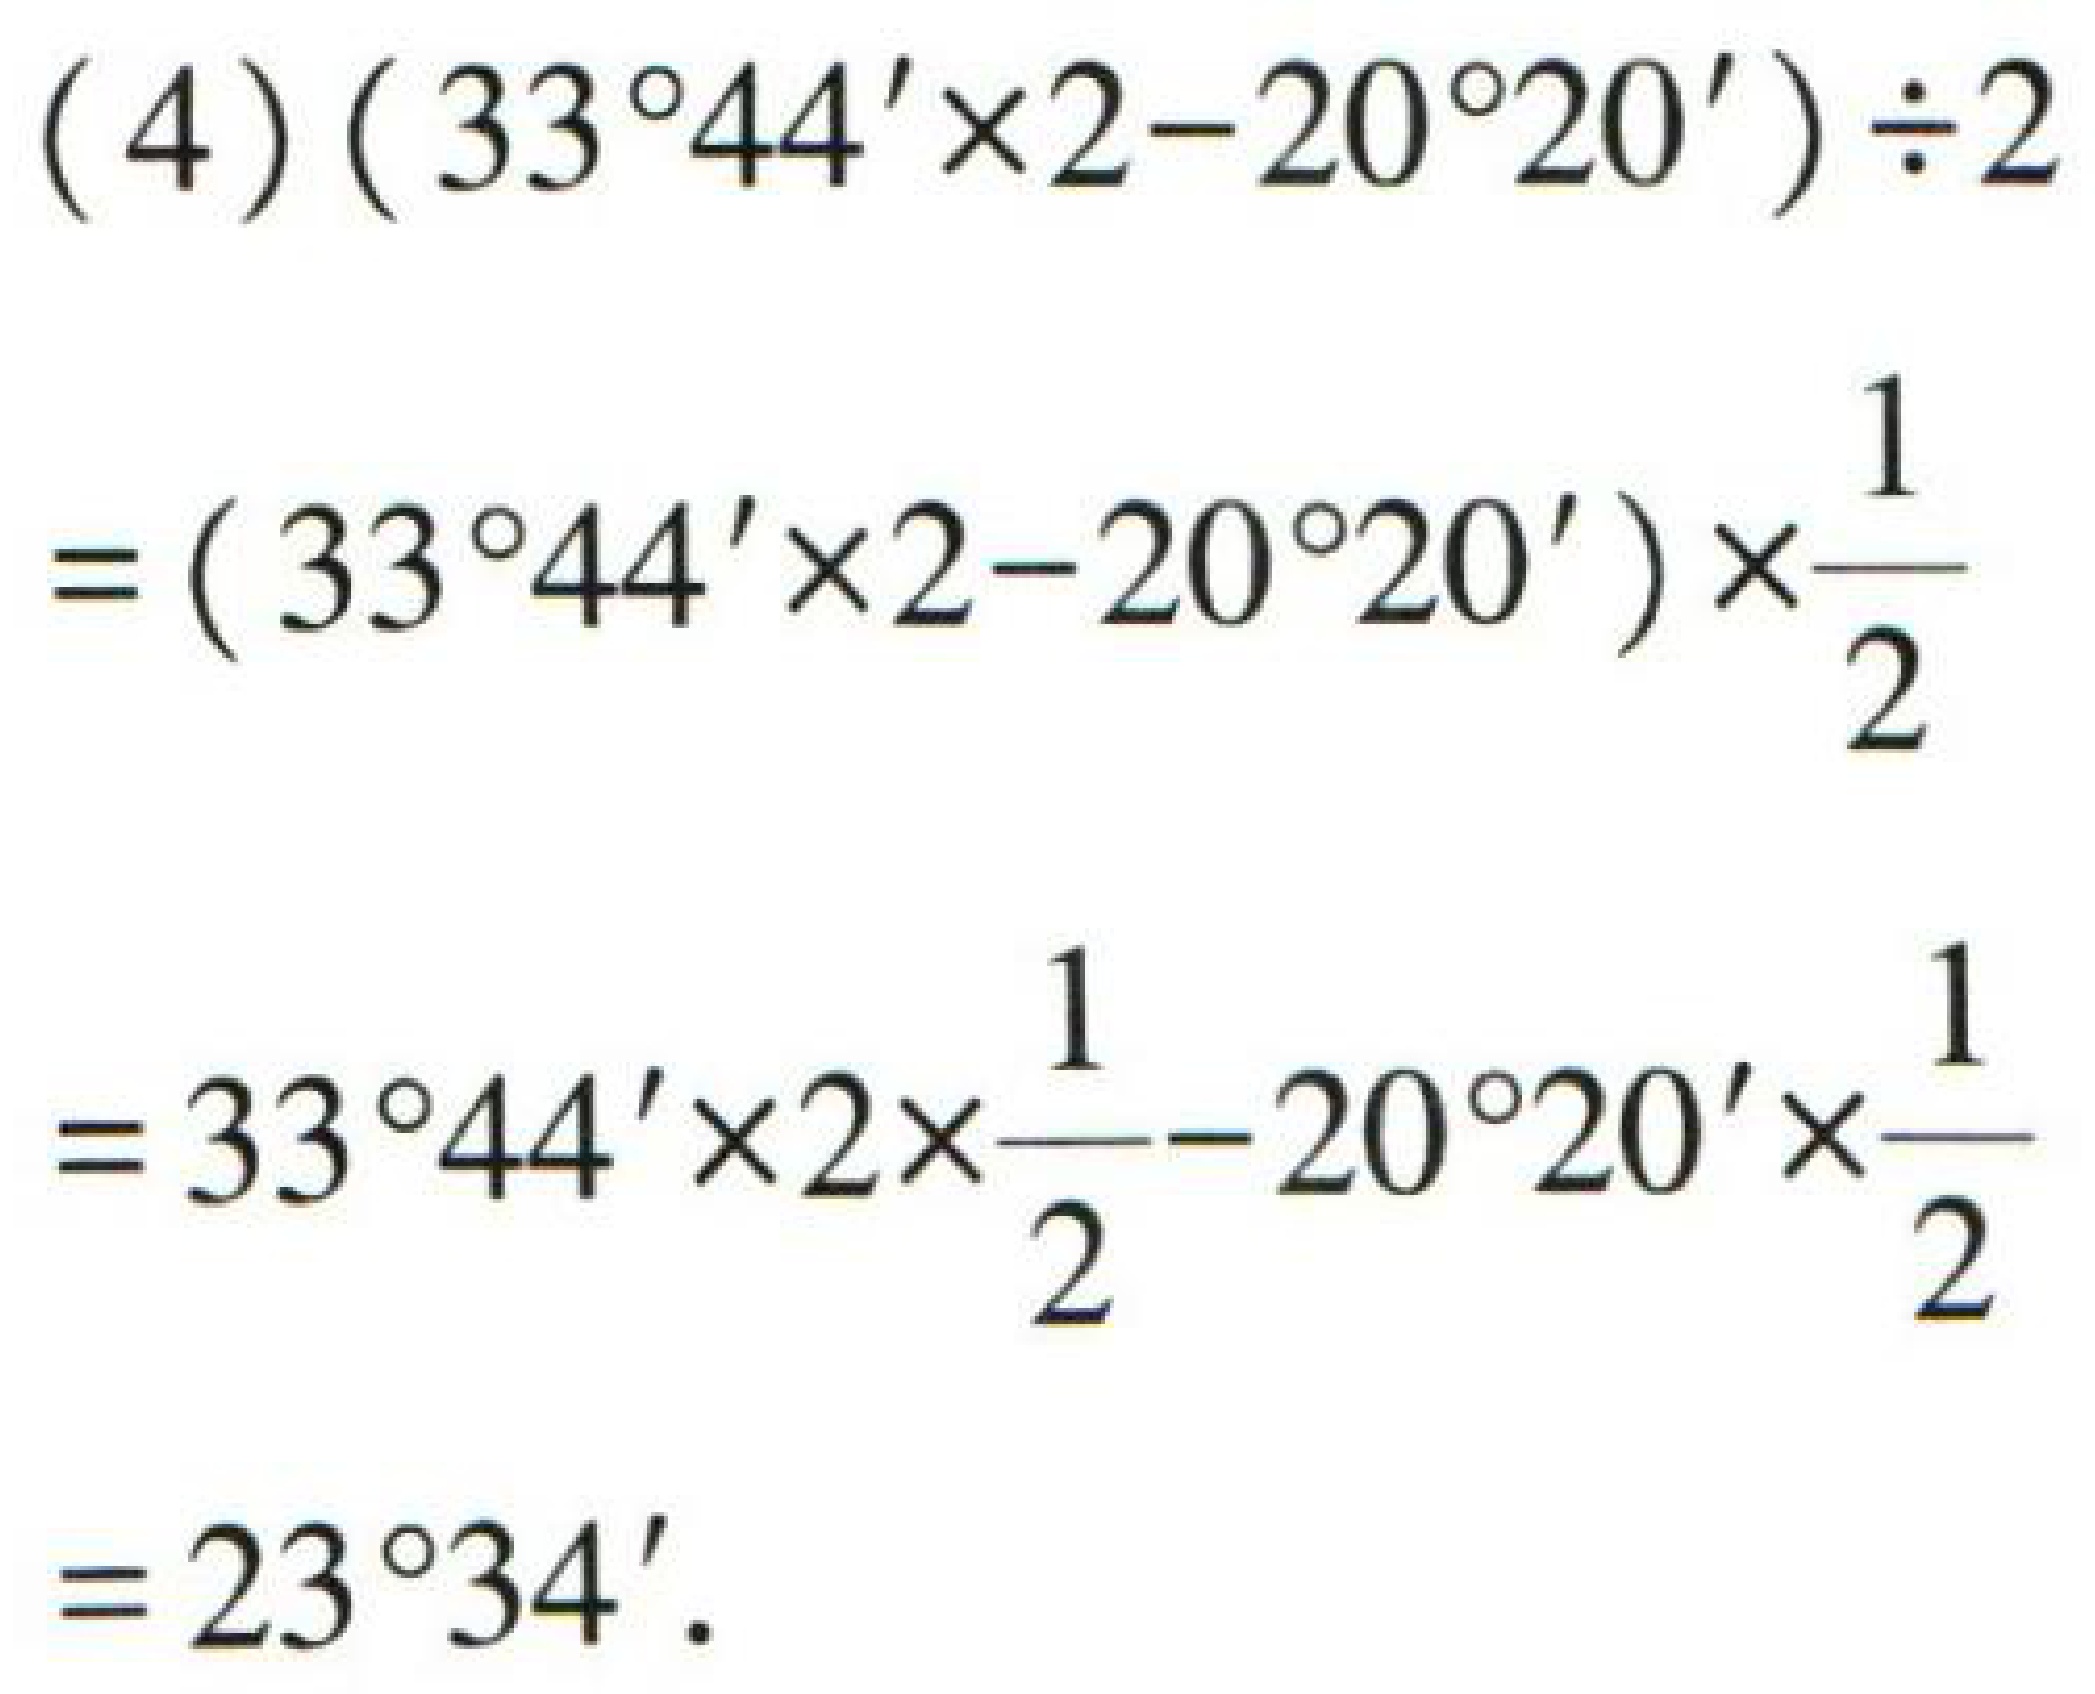
\begin{align*}

&(4)(33^{\circ}44'\times2 - 20^{\circ}20')\div2\\

=&(33^{\circ}44'\times2 - 20^{\circ}20')\times\frac{1}{2}\\

=&33^{\circ}44'\times2\times\frac{1}{2}-20^{\circ}20'\times\frac{1}{2}\\

=&23^{\circ}34'.

\end{align*}